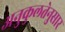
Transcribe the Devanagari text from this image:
अनुकुलतेनुसार